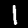
Digit: 1